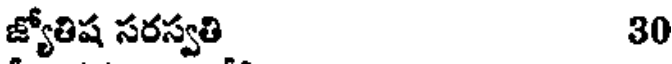
జ్యోతిష సరస్వతి 30